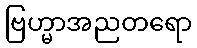
ဗြဟ္မာအညတရော